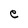
Character: e